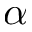
\alpha